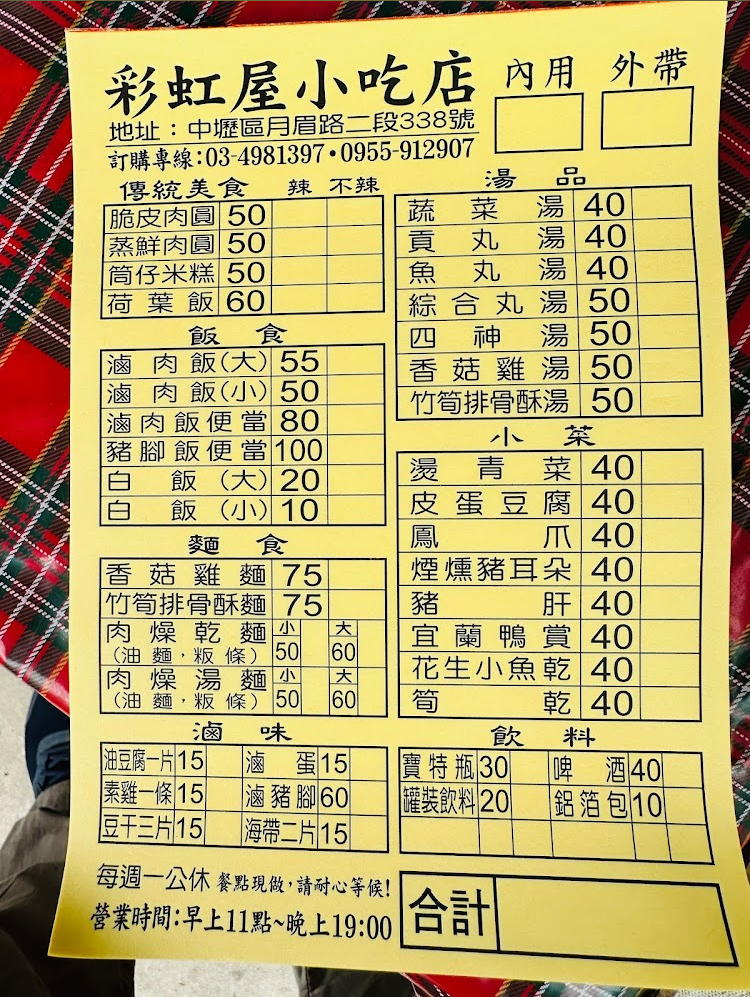
餐廳：彩虹屋小吃店
地址：中壢區月眉路二段338號
電話：03-4981397,0955-912907
營業時間：早上11點~晚上19:00，每週一公休
菜單：
name: 脆皮肉圓
price: 50
name: 蒸鮮肉圓
price: 50
name: 筒仔米糕
price: 50
name: 荷葉飯
price: 60
name: 滷肉飯(大)
price: 55
name: 滷肉飯(小)
price: 50
name: 滷肉飯便當
price: 80
name: 豬腳飯便當
price: 100
name: 白飯(大)
price: 20
name: 白飯(小)
price: 10
name: 香菇雞麵
price: 75
name: 竹筍排骨酥麵
price: 75
name: 肉燥乾麵(小，油麵/粄條)
price: 50
name: 肉燥乾麵(大，油麵/粄條)
price: 60
name: 肉燥湯麵(小，油麵/粄條)
price: 50
name: 肉燥湯麵(大，油麵/粄條)
price: 60
name: 蔬菜湯
price: 40
name: 貢丸湯
price: 40
name: 魚丸湯
price: 40
name: 綜合丸湯
price: 50
name: 四神湯
price: 50
name: 香菇雞湯
price: 50
name: 竹筍排骨酥湯
price: 50
name: 燙青菜
price: 40
name: 皮蛋豆腐
price: 40
name: 鳥爪
price: 40
name: 煙燻豬耳朵
price: 40
name: 豬肝
price: 40
name: 宜蘭鴨賞
price: 40
name: 花生小魚乾
price: 40
name: 筍乾
price: 40
name: 油豆腐一片
price: 15
name: 素雞一條
price: 15
name: 滷蛋
price: 15
name: 滷豬腳
price: 60
name: 豆干三片
price: 15
name: 海帶二片
price: 15
name: 寶特瓶
price: 30
name: 罐裝飲料
price: 20
name: 啤酒
price: 40
name: 鋁箔包
price: 10